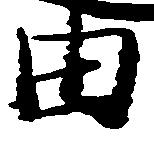
由